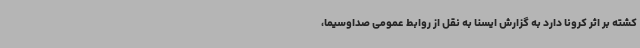
کشته بر اثر کرونا دارد به گزارش ایسنا به نقل از روابط عمومی صداوسیما،